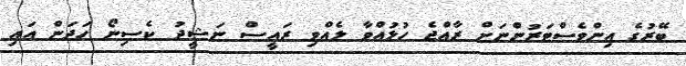
ބޭރުގެ އިންވެސްޓަރުންނަށް ރާއްޖެ ހުޅުއްވާ ލެއްވި ރައީސް ނަޝީދު ކެސިނޯ ހަދަން އައި